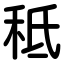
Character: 秪